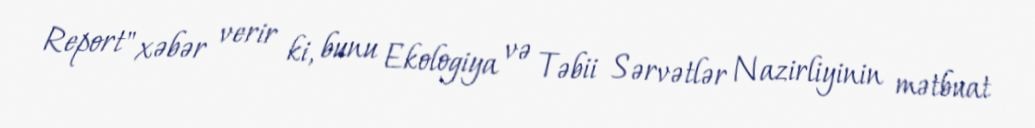
Report" xəbər verir ki, bunu Ekologiya və Təbii Sərvətlər Nazirliyinin mətbuat